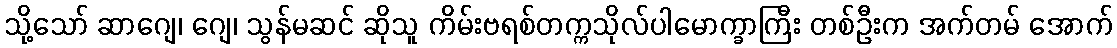
သို့သော် ဆာဂျေ၊ ဂျေ၊ သွန်မဆင် ဆိုသူ ကိမ်းဗရစ်တက္ကသိုလ်ပါမောက္ခာကြီး တစ်ဦးက အက်တမ် အောက်